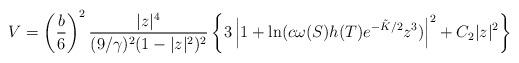
LaTeX: \begin{align*}V = \left(\frac{b}{6}\right)^2 \frac{|z|^4}{(9/\gamma)^2 (1-|z|^2)^2} \left\{3\left| 1+\ln(c\omega(S)h(T) e^{-\tilde{K}/2} z^3)\right|^2 + C_2 |z|^2 \right\} \end{align*}